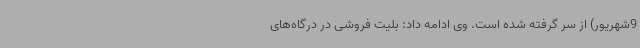
9شهریور) از سر گرفته شده است. وی ادامه داد: بلیت فروشی در درگاه‌های